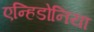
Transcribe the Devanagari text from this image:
एन्हिडोनिया